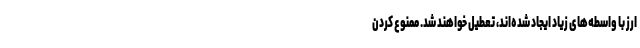
ارز با واسطه‌های زیاد ایجاد شده‌اند، تعطیل خواهند شد. ممنوع کردن